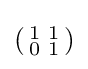
\left({\begin{smallmatrix}1&1\\0&1\end{smallmatrix}}\right)